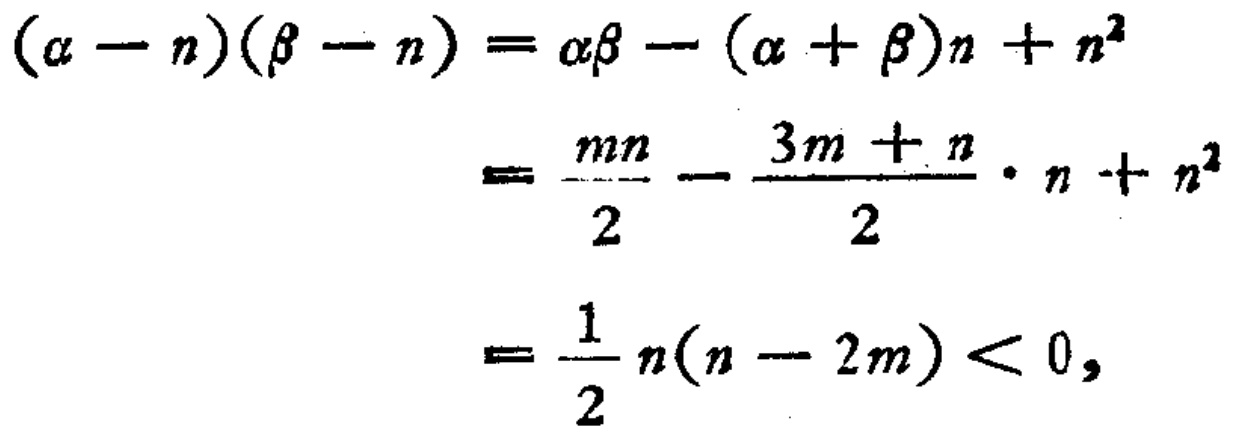
\[
\begin{align*}
(\alpha - n)(\beta - n)&=\alpha\beta - (\alpha + \beta)n + n^{2}\\
&=\frac{mn}{2}-\frac{3m + n}{2}\cdot n + n^{2}\\
&=\frac{1}{2}n(n - 2m)<0,
\end{align*}
\]